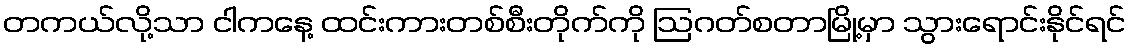
တကယ်လို့သာ ငါကနေ့ ထင်းကားတစ်စီးတိုက်ကို ဩဂတ်စတာမြို့မှာ သွားရောင်းနိုင်ရင်